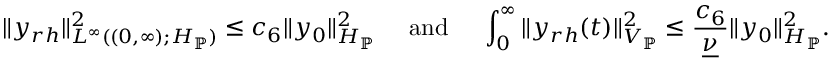
\| y _ { r h } \| _ { L ^ { \infty } ( ( 0 , \infty ) ; H _ { \mathbb { P } } ) } ^ { 2 } \leq c _ { 6 } \| y _ { 0 } \| _ { H _ { \mathbb { P } } } ^ { 2 } \quad \mathrm { ~ a n d ~ } \quad \int _ { 0 } ^ { \infty } \| y _ { r h } ( t ) \| _ { V _ { \mathbb { P } } } ^ { 2 } \leq \frac { c _ { 6 } } { \underline { { \nu } } } \| y _ { 0 } \| _ { H _ { \mathbb { P } } } ^ { 2 } .